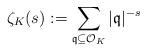
LaTeX: \begin{align*}\zeta_{K}(s) := \sum_{\mathfrak{q}\subseteq \mathcal{O}_K} |\mathfrak{q}|^{-s}\end{align*}